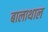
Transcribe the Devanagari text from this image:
बालाथाल